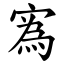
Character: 寪